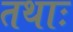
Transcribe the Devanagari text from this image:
तथाः